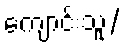
ကျောင်းသူ/